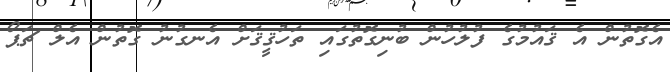
އެގޮތުން އެ ޤައުމުގެ ފުލުހުން ބުނިގޮތުގައި ތަހުޤީޤަށް އެނގުނު ގޮތުން އެލް ޗަޕޯ